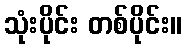
သုံးပိုင်း တစ်ပိုင်း။